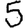
Digit: 5